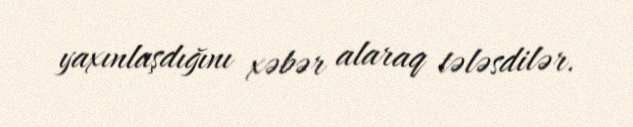
yaxınlaşdığını xəbər alaraq tələsdilər.